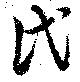
氏